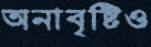
অনাবৃষ্টিও